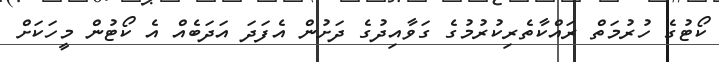
ކޯޓުގެ ހުރުމަތް ރައްކާތެރިކުރުމުގެ ގަވާއިދުގެ ދަށުން އެފަދަ އަދަބެއް އެ ކޯޓުން މީހަކަށް